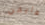
هايفن